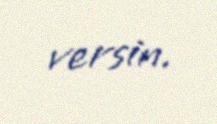
versin.